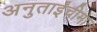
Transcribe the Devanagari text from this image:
अनुताईंचीमात्र